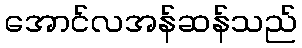
အောင်လအန်ဆန်သည်